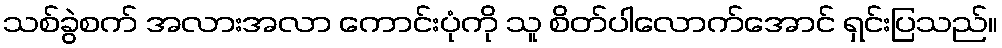
သစ်ခွဲစက် အလားအလာ ကောင်းပုံကို သူ စိတ်ပါလောက်အောင် ရှင်းပြသည်။